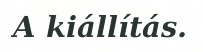
A kiállítás.